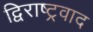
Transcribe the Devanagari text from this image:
द्विराष्ट्रवाद